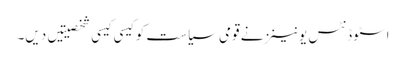
اسٹوڈنٹس یونینز نے قومی سیاست کو کیسی کیسی شخصیتیں دیں۔